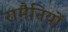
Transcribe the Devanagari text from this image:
रामैनियों